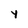
Character: y